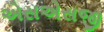
એસએસજી